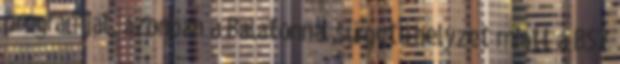
programját, azonban a Balatonnál sürgető helyzet miatt a BSZ